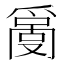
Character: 𤔬